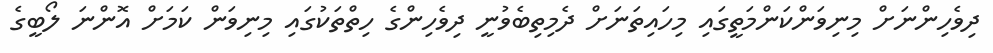
ދިވެހިންނަށް މިނިވަންކަންމަތީގައި މިހައިތަނަށް ދެމިތިބެވުނީ ދިވެހިންގެ ހިތްތަކުގައި މިނިވަން ކަމަށް އޮންނަ ލޯބީގެ